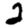
Digit: 2